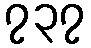
၇၃၇